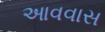
આવવાસ